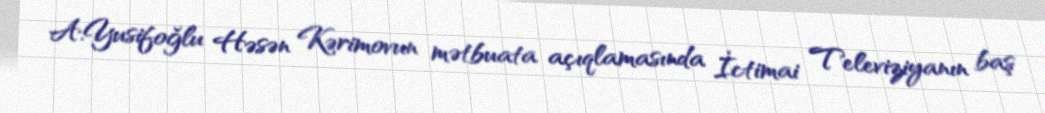
A.Yusifoğlu Həsən Kərimovun mətbuata açıqlamasında İctimai Televiziyanın baş